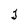
Character: j